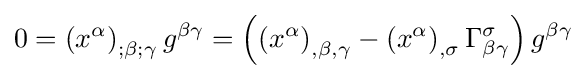
0=\left(x^{\alpha }\right)_{;\beta ;\gamma }g^{\beta \gamma }=\left(\left(x^{\alpha }\right)_{,\beta ,\gamma }-\left(x^{\alpha }\right)_{,\sigma }\Gamma _{\beta \gamma }^{\sigma }\right)g^{\beta \gamma }